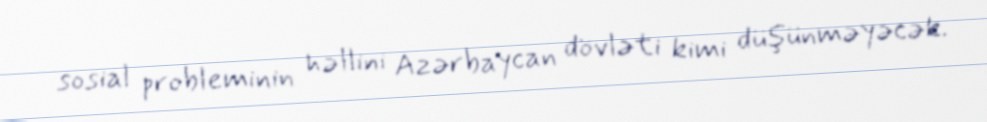
sosial probleminin həllini Azərbaycan dövləti kimi düşünməyəcək.